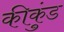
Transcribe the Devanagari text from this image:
कीकुंड